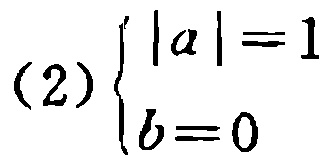
(2) \(\begin{cases}
|a| = 1 \\
b = 0
\end{cases}\)